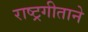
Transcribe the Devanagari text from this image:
राष्ट्रगीताने